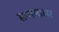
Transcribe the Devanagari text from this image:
सप्तमाक्षर